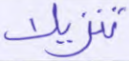
تنزيلا